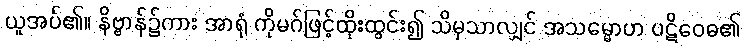
ယူအပ်၏။ နိဗ္ဗာန်၌ကား အာရုံ ကိုမဂ်ဖြင့်ထိုးထွင်း၍ သိမှသာလျှင် အသမ္မောဟ ပဋိဝေဓ၏